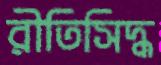
রীতিসিদ্ধ